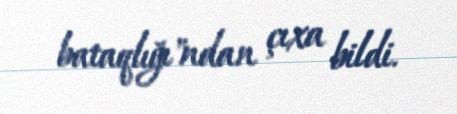
bataqlığı"ndan çıxa bildi.